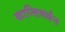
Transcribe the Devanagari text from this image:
कान्तिवर्धन